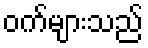
ဝက်များသည်